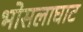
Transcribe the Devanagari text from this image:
भोसलाघाट